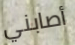
أصابني